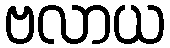
ဗလာယ